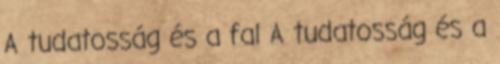
A tudatosság és a fal A tudatosság és a